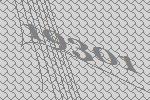
19301